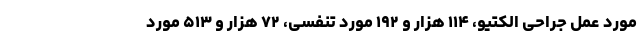
مورد عمل جراحی الکتیو، ۱۱۴ هزار و ۱۹۲ مورد تنفسی، ۷۲ هزار و ۵۱۳ مورد